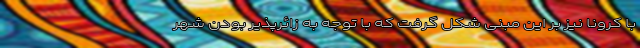
با کرونا نیز بر این مبنی شکل گرفت که با توجه به زائرپذیر بودن شهر